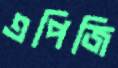
এপিজি